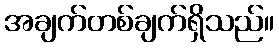
အချက်တစ်ချက်ရှိသည်။